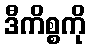
ဒီကိစ္စကို